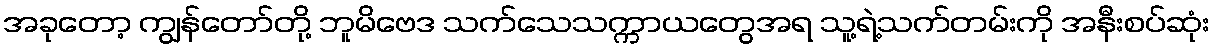
အခုတော့ ကျွန်တော်တို့ ဘူမိဗေဒ သက်သေသက္ကာယတွေအရ သူ့ရဲ့သက်တမ်းကို အနီးစပ်ဆုံး